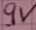
Text: 9V